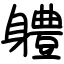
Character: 軆